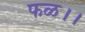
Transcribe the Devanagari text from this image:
फळ।।